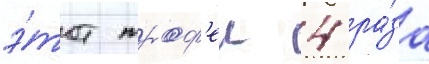
э́тот троф'еи 4 ра́за